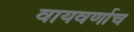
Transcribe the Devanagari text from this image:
वायवर्णाच